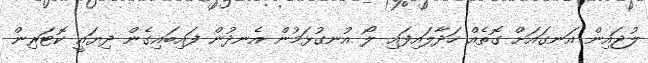
ލުޖައިން އަނގައަށް ގޮތެއް ހަދާލައިފައި ލޯ އުނގުޅަމުން އެނދުން ފައިބައިގެން ދިޔައީ ކޮޓަރިން